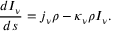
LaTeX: { \frac { d I _ { \nu } } { d s } } = j _ { \nu } \rho - \kappa _ { \nu } \rho I _ { \nu } .